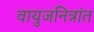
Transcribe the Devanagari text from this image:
वायुजनित्रांत